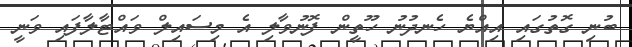
ބުނި ގޮތުގައި އިއްޔެ ހެނދުނު ހޫތީން ފޮނުވާލި އެ މިސައިލް ވައްޓާލާފައި ވަނީ